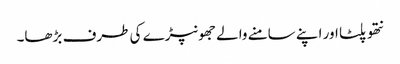
نتھو پلٹا اور اپنے سامنے والے جھونپڑے کی طرف بڑھا۔